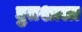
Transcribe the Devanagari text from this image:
द्युतशाला